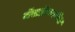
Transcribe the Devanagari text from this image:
नॅसडॅकवरील